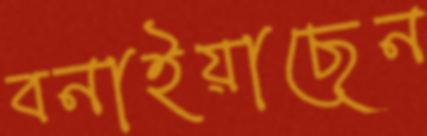
বনাইয়াছেন